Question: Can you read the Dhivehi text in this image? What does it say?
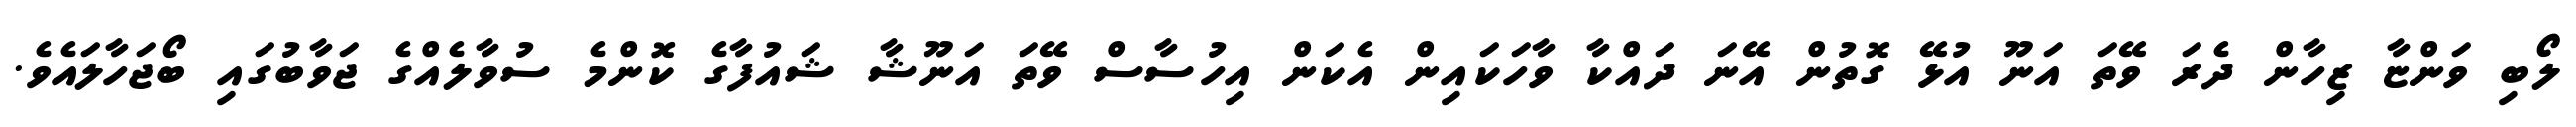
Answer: ލޯބި ވަންޏާ ޒިހާން ދެރަ ވޭތަ އަނޫ އުޅޭ ގޮތުން އޭނަ ދައްކާ ވާހަކައިން އެކަން އިހުސާސް ވޭތަ އަނޫޝާ ޝައުފާގެ ކޮންމެ ސުވާލެއްގެ ޖަވާބުގައި ބޯޖަހާލައެވެ.